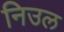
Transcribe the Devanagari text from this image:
निउल